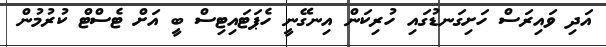
އަދި ވައިރަސް ހަށިގަނޑުގައި ހުރިކަން އިނގޭނީ ހެޕަޓައިޓިސް ބީ އަށް ޓެސްޓް ކުރުމުން